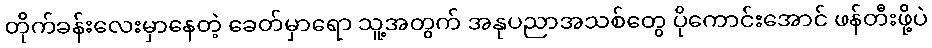
တိုက်ခန်းလေးမှာနေတဲ့ ခေတ်မှာရော သူ့အတွက် အနုပညာအသစ်တွေ ပိုကောင်းအောင် ဖန်တီးဖို့ပဲ